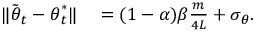
\begin{array} { r l } { \lVert \tilde { { \boldsymbol { \theta } } } _ { t } - { \boldsymbol { \theta } } _ { t } ^ { * } \rVert } & { { } = ( 1 - \alpha ) \beta \frac { m } { 4 L } + \sigma _ { { \boldsymbol { \theta } } } . } \end{array}